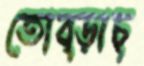
তোব্‌ড়াচ্